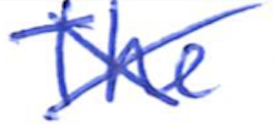
Text: The
Cross-out: cross
Writing tool: ballpoint